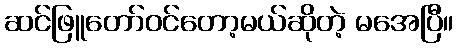
ဆင်ဖြူတော်ဝင်တော့မယ်ဆိုတဲ့ မအေပြီ။